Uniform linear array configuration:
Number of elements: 8
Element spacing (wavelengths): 1
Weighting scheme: cosine
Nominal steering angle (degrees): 45
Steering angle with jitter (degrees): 43.652
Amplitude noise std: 0.05
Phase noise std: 0.05

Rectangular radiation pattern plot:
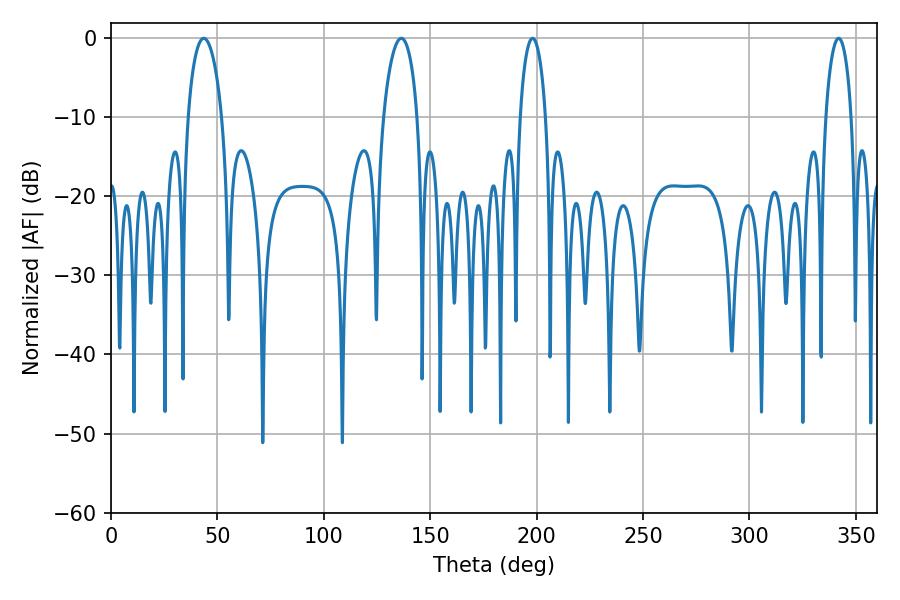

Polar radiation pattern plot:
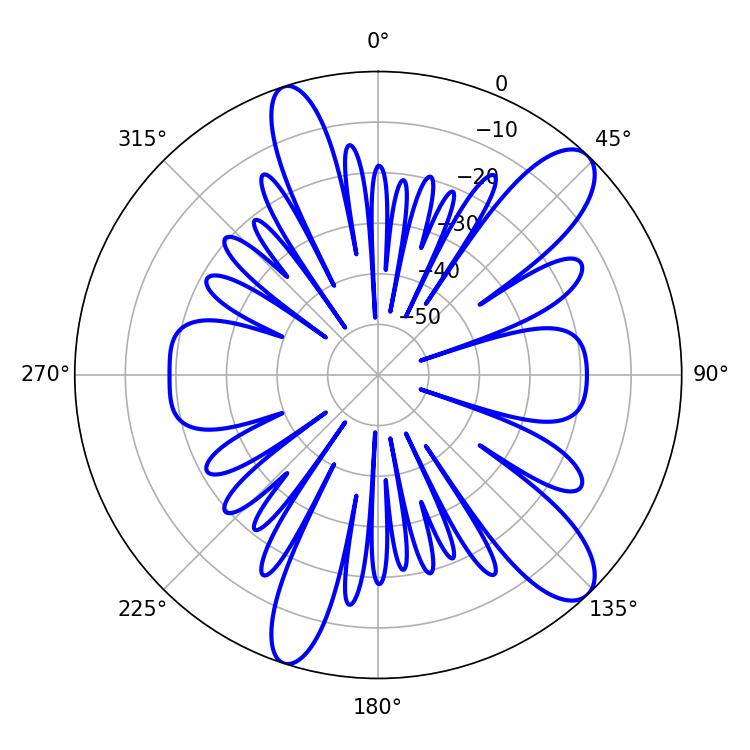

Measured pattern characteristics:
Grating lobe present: TRUE
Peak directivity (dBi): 11.105
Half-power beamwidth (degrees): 9
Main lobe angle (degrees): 43.56